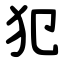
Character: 犯